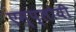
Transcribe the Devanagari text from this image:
एम्प्लोयी